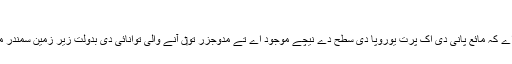
ثقلی ثبوت [لکھو]
سائنس دناں دا اس گل اُتے اتفاق اے کہ مائع پانی دی اک پرت یوروپا دی سطح دے نیچے موجود اے تے مدوجزر تو‏ں آنے والی توانائی دی بدولت زیر زمین سمندر مائع حالت وچ برقرار رہندے نيں۔